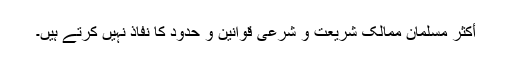
أکثر مسلمان ممالک شریعت و شرعی قوانین و حدود کا نفاذ نہیں کرتے ہیں۔